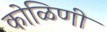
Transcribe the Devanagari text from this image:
कोळिणी